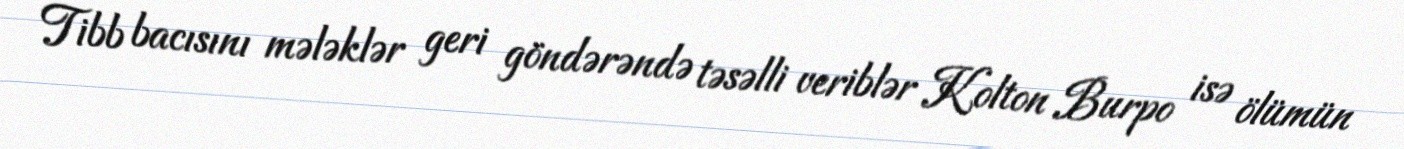
Tibb bacısını mələklər geri göndərəndə təsəlli veriblər Kolton Burpo isə ölümün